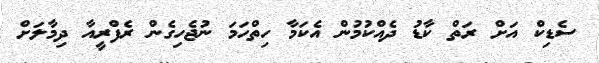
ސެޑިކް އަށް ރަތް ކާޑު ދެއްކުމުން އެކަމާ ހިތްހަމަ ނުޖެހިގެން ރެފްރީއާ ދިމާލަށް